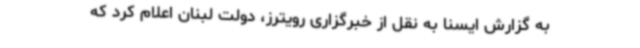
به گزارش ایسنا به نقل از خبرگزاری رویترز، دولت لبنان اعلام کرد که